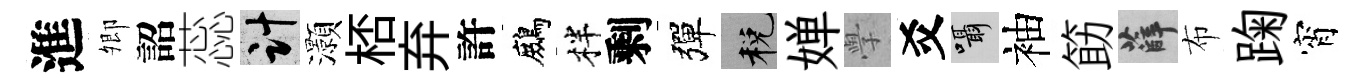
進𡖖詔蕊計灝桮弃許鷓柈剩彈税婵𭓕爻囁袖筯薛布踘宵